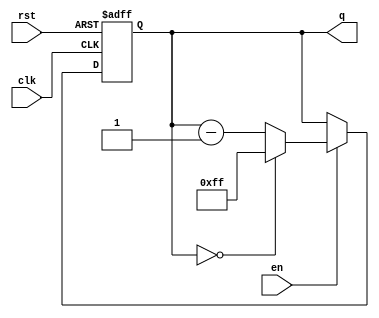
module binary_down_counter #(
    parameter N = 8  // N-bit width of the counter, default is 8
)(
    input wire clk,         // Clock signal
    input wire rst,         // Asynchronous reset signal (active high)
    input wire en,          // Enable signal (active high)
    output reg [N-1:0] q    // N-bit output for current count value
);

    // Maximum value for an N-bit counter
    localparam MAX_COUNT = {N{1'b1}}; // 2^N - 1

    always @(posedge clk or posedge rst) begin
        if (rst) begin
            q <= MAX_COUNT; // Reset to maximum value
        end else if (en) begin
            if (q == 0) begin
                q <= MAX_COUNT; // Wrap around to maximum value
            end else begin
                q <= q - 1; // Decrement counter
            end
        end
    end

endmodule